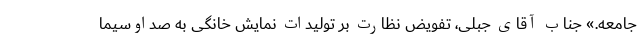
جامعه.» جناب آقای جبلی، تفویض نظارت بر تولیدات نمایش خانگی به صداوسیما